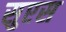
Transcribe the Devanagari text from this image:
सुएस